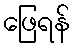
ဖြေရန်